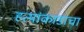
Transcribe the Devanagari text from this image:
हत्यांकाडाचा